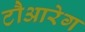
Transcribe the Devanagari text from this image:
टौआरेग